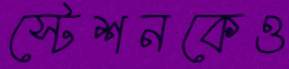
স্টেশনকেও